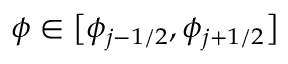
\displaystyle \phi \in \bigl [ \phi _ { j - 1 / 2 } , \phi _ { j + 1 / 2 } \bigr ]